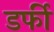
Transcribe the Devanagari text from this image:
डर्फी